Lunatic asylums Punjab 1881-1894 - 1881-1894
Year: 1881
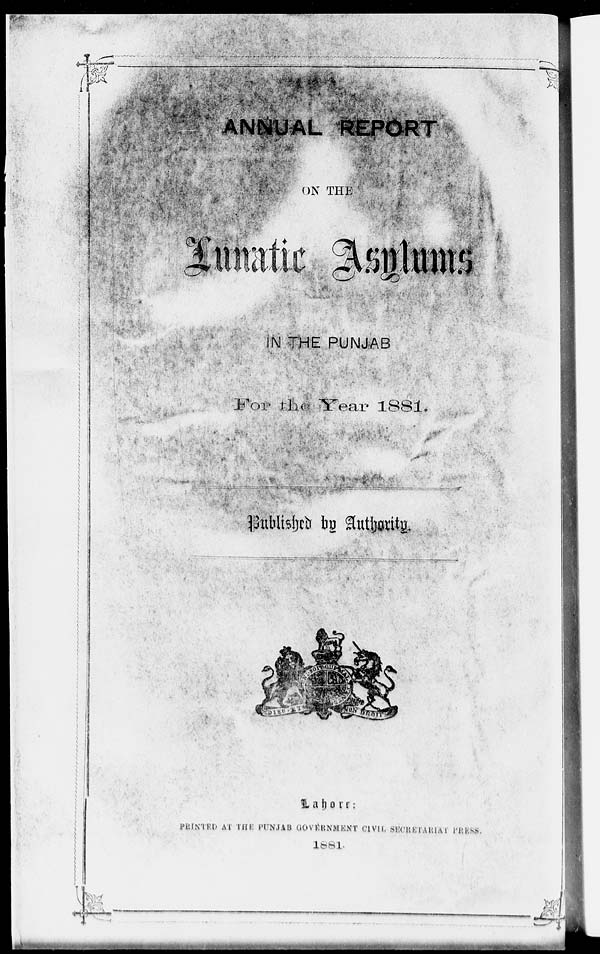
ANNUAL REPORT
ON THE
Lunatic Asylums
IN THE PUNJAB
For the Year 1881.
Published by Authority.
Lahore
:
PRINTED AT THE PUNJAB GOVERNMENT CIVIL SECRETARIAT PRESS
1881